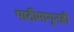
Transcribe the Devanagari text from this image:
पाठीमागूनही